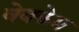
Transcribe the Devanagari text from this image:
वेबकेम